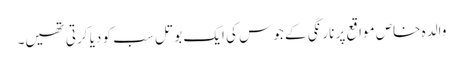
والدہ خاص مواقع پر نارنگی کے جوس کی ایک بوتل سب کو دیا کرتی تھیں۔